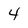
Character: 4